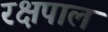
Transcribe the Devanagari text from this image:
रक्षपाल